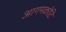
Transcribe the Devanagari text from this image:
आगमकोटि